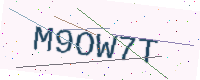
Text: M9OW7T